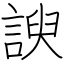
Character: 諛